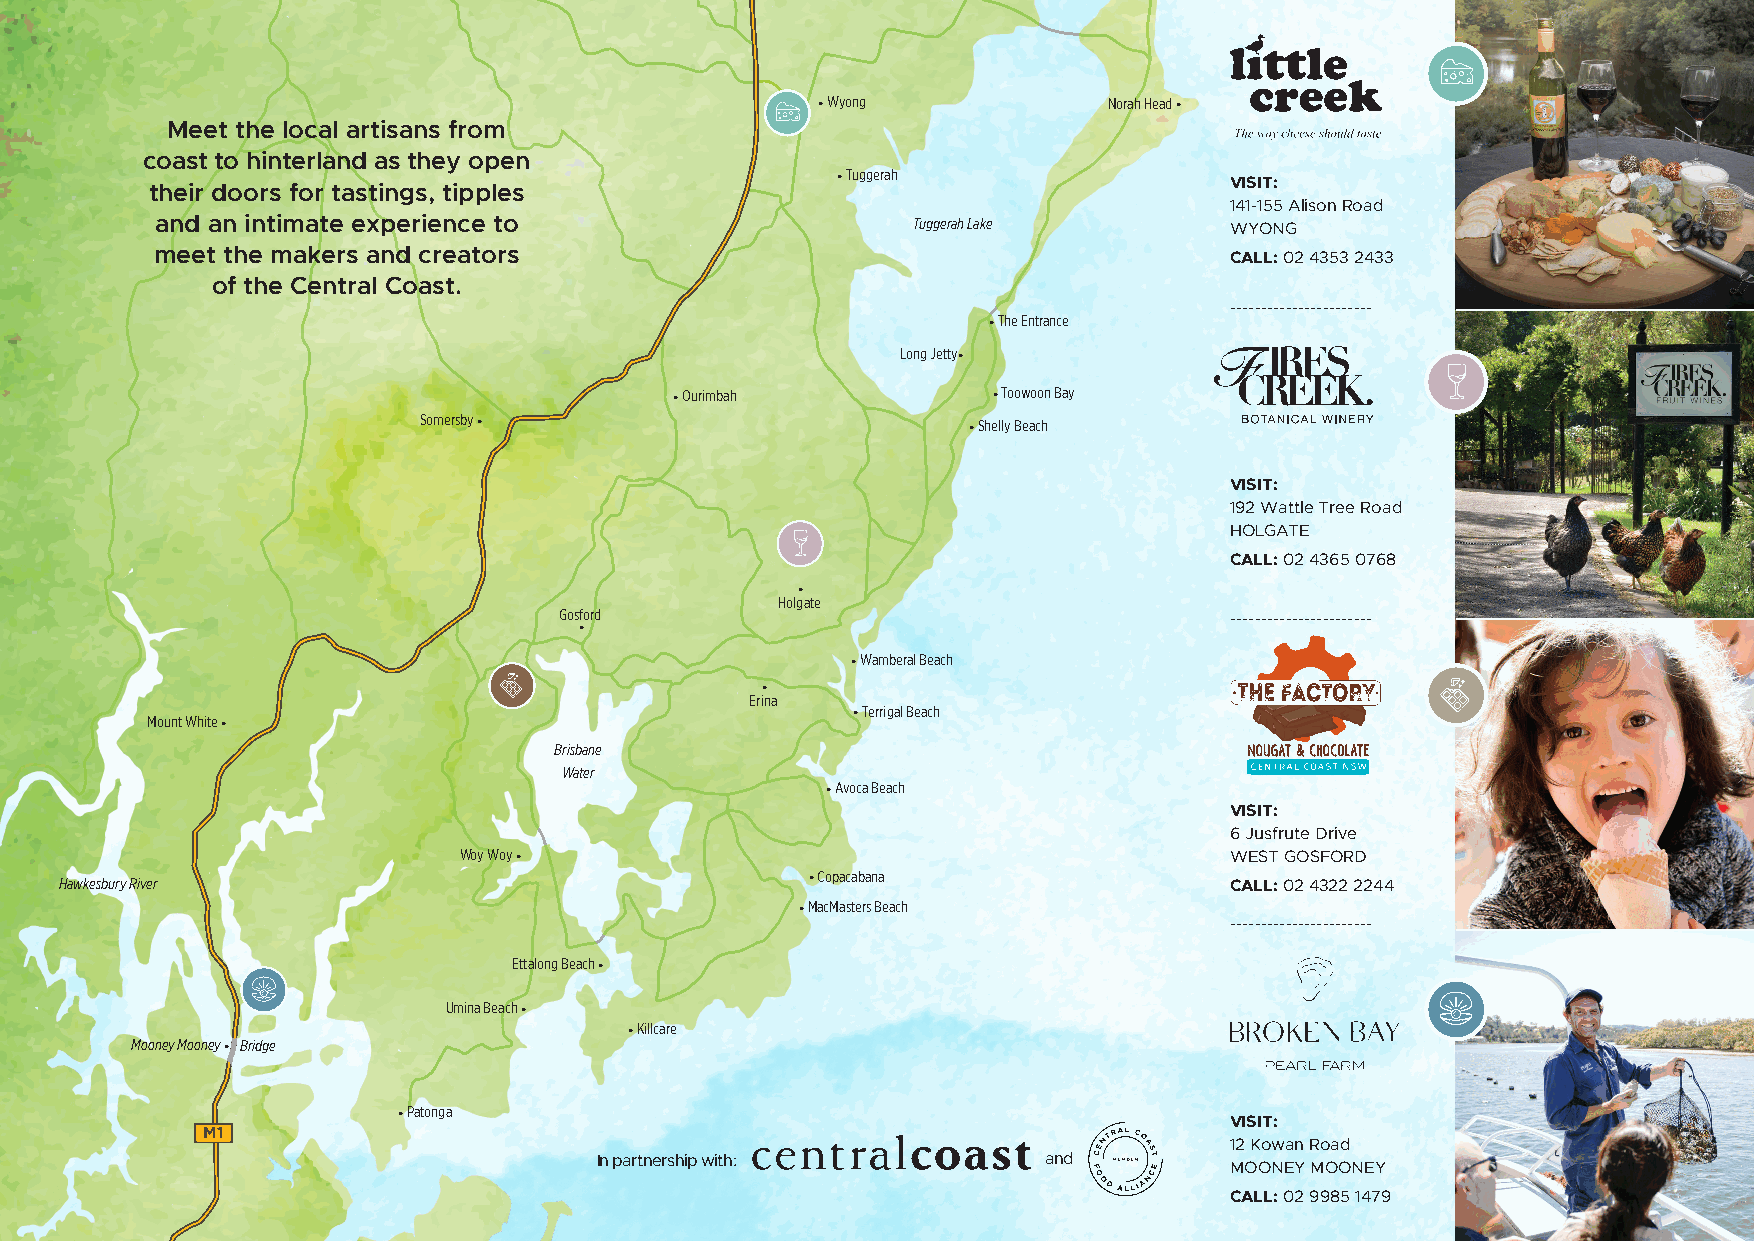
Lake
 Munmorah
 • Wyong            Norah Head •
 Meet the local artisans from
 coast to hinterland as they open
 • Tuggerah
 their doors for tastings, tipples                                      VISIT:
 141-155 Alison Road
 and an intimate experience to                     Tuggerah Lake        WYONG
 meet the makers and creators                                           CALL: 02 4353 2433
 of the Central Coast.
 -----------------------
 • The Entrance
 Long Jetty•
 • Ourimbah           • Toowoon Bay
 Somersby •                          • Shelly Beach
 VISIT:
 192 Wattle Tree Road
 HOLGATE
 CALL: 02 4365 0768
 •
 Holgate
 Gosford                                     -----------------------
 •
 • Wamberal Beach
 •
 Erina
 • Terrigal Beach
 Mount White •
 Brisbane
 Water
 • Avoca Beach
 VISIT:
 6 Jusfrute Drive
 Woy Woy •                                          WEST GOSFORD
 Hawkesbury River                                  • Copacabana               CALL: 02 4322 2244
 • MacMasters Beach
 -----------------------
 Ettalong Beach •
 Umina Beach •
 • Killcare
 Mooney Mooney • Bridge
 • Patonga
 VISIT:
 M1
 12 Kowan Road
 In partnership with:         and
 MOONEY MOONEY
 CALL: 02 9985 1479